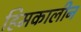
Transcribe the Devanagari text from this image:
हिमकालीन